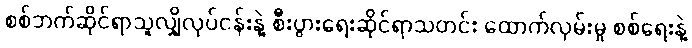
စစ်ဘက်ဆိုင်ရာသူလျှိုလုပ်ငန်းနဲ့ စီးပွားရေးဆိုင်ရာသတင်း ထောက်လှမ်းမှု စစ်ရေးနဲ့